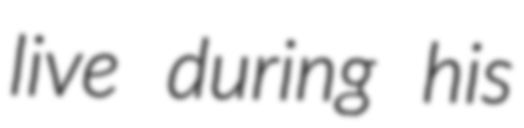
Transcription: live during his